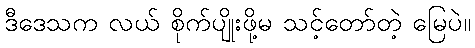
ဒီဒေသက လယ် စိုက်ပျိုးဖို့မ သင့်တော်တဲ့ မြေပဲ။